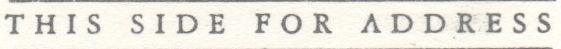
THIS SIDE FOR ADDRESS